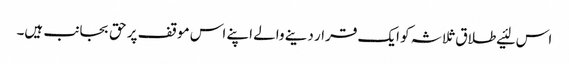
اس لئیے طلاق ثلاثہ کو ایک قرار دینے والے اپنے اس موقف پر حق بجانب ہیں۔